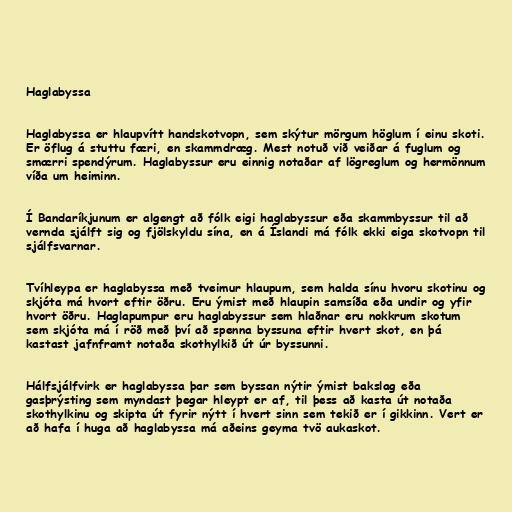
Haglabyssa

Haglabyssa er hlaupvítt handskotvopn, sem skýtur mörgum höglum í einu skoti.
Er öflug á stuttu færi, en skammdræg. Mest notuð við veiðar á fuglum og
smærri spendýrum. Haglabyssur eru einnig notaðar af lögreglum og hermönnum
víða um heiminn.

Í Bandaríkjunum er algengt að fólk eigi haglabyssur eða skammbyssur til að
vernda sjálft sig og fjölskyldu sína, en á Íslandi má fólk ekki eiga skotvopn til
sjálfsvarnar.

Tvíhleypa er haglabyssa með tveimur hlaupum, sem halda sínu hvoru skotinu og
skjóta má hvort eftir öðru. Eru ýmist með hlaupin samsíða eða undir og yfir
hvort öðru. Haglapumpur eru haglabyssur sem hlaðnar eru nokkrum skotum
sem skjóta má í röð með því að spenna byssuna eftir hvert skot, en þá
kastast jafnframt notaða skothylkið út úr byssunni.

Hálfsjálfvirk er haglabyssa þar sem byssan nýtir ýmist bakslag eða
gasþrýsting sem myndast þegar hleypt er af, til þess að kasta út notaða
skothylkinu og skipta út fyrir nýtt í hvert sinn sem tekið er í gikkinn. Vert er
að hafa í huga að haglabyssa má aðeins geyma tvö aukaskot.